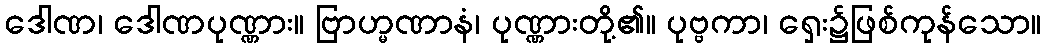
ဒေါဏ၊ ဒေါဏပုဏ္ဏား။ ဗြာဟ္မဏာနံ၊ ပုဏ္ဏားတို့၏။ ပုဗ္ဗကာ၊ ရှေး၌ဖြစ်ကုန်သော။